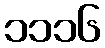
၁၁၁၆